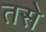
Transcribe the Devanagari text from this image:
तसेे